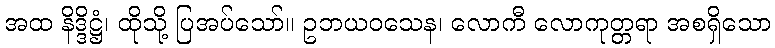
အထ နိဒ္ဒိဋ္ဌံ၊ ထိုသို့ ပြအပ်သော်။ ဥဘယဝသေန၊ လောကီ လောကုတ္တရာ အစရှိသော